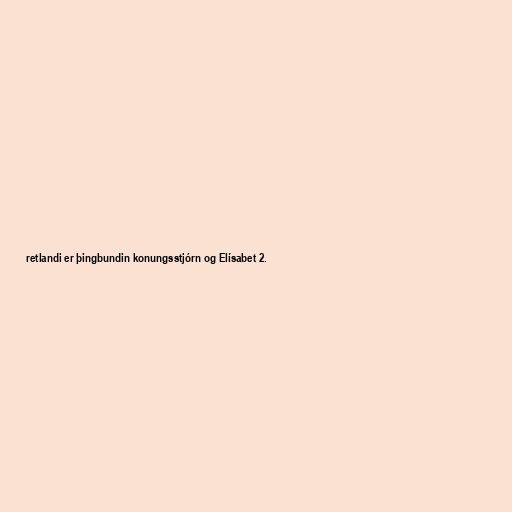
retlandi er þingbundin konungsstjórn og Elísabet 2.